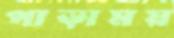
পাড়াময়